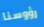
رؤوسنا